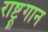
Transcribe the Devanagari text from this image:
राष्ट्र्गान